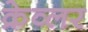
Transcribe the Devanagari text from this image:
क्रेव्लर